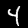
Digit: 4